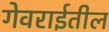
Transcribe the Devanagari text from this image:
गेवराईतील